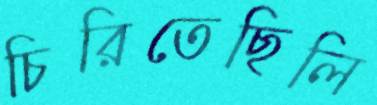
চিরিতেছিলি